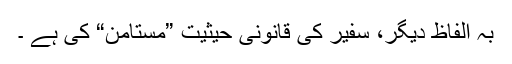
بہ الفاظِ دیگر، سفیر کی قانونی حیثیت ”مستامن“ کی ہے ۔